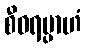
စီဝရမ္ပာဟံ